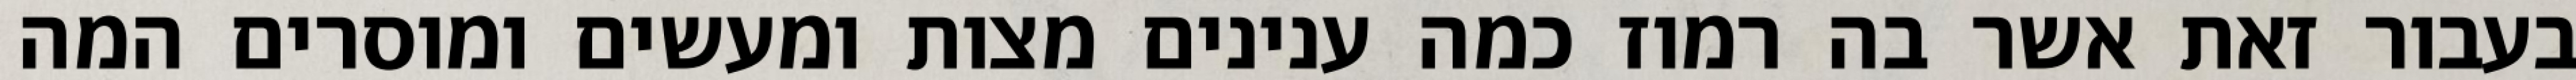
בעבור זאת אשר בה רמוז כמה ענינים מצות ומעשים ומוסרים המה